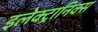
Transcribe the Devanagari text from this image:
इलेक्ट्रानिक्‍स